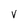
Character: V